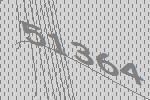
51364